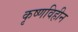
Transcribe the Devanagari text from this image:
कृष्णविहीन